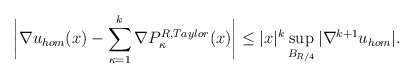
\begin{align*}\bigg|\nabla u_{hom}(x)-\sum_{\kappa=1}^k \nabla P_\kappa^{R,Taylor}(x)\bigg|\leq |x|^k \sup_{B_{R/4}}|\nabla^{k+1} u_{hom}|.\end{align*}